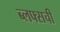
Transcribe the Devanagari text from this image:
ब्लफ्सची